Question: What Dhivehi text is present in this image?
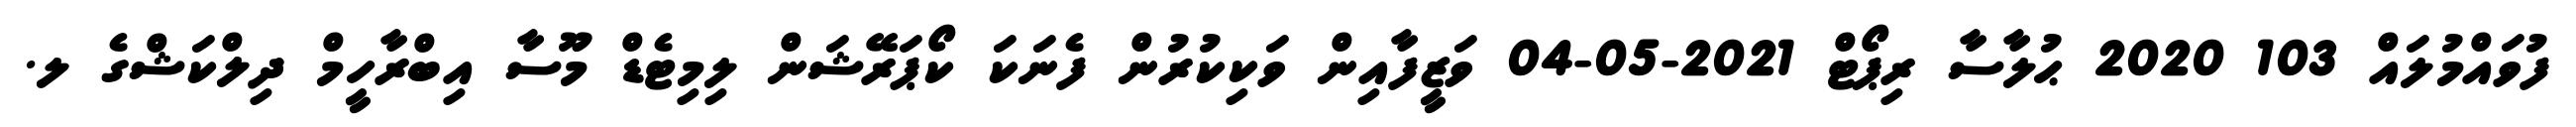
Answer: ފުވައްމުލައް 103 2020 ޙުލާސާ ރިޕޯޓް 2021-05-04 ވަޒީފާއިން ވަކިކުރުން ފެނަކަ ކޯޕަރޭޝަން ލިމިޓެޑް މޫސާ އިބްރާހީމް ދިލްކަޝްގެ ލ.